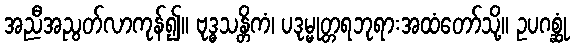
အညီအညွတ်လာကုန်၍။ ဗုဒ္ဓသန္တိကံ၊ ပဒုမ္မုတ္တရဘုရားအထံတော်သို့။ ဥပဂစ္ဆုံ